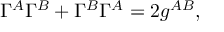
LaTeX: \Gamma ^ { A } \Gamma ^ { B } + \Gamma ^ { B } \Gamma ^ { A } = 2 g ^ { A B } ,